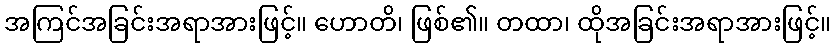
အကြင်အခြင်းအရာအားဖြင့်။ ဟောတိ၊ ဖြစ်၏။ တထာ၊ ထိုအခြင်းအရာအားဖြင့်။